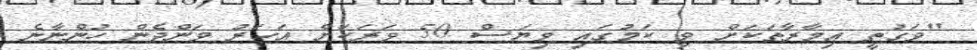
"ވަގުތީ އިމާރާތަކަށް ވި ކަމުގައި ވިޔަސް 50 ވަރަކަށް އަހަރު ވަންދެން ހުންނާނެ